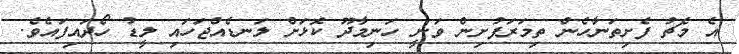
އެ މެޗު ފެށިތަނާހެން ތިމަރަފުށިން ވަނީ ހަނިމާދޫ ކޮޅަށް ލަނޑެއްޖަހައި ލީޑު ހޯދައިފައެވެ.